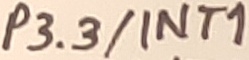
Text: P3.3/INT1